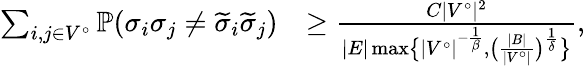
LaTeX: \begin{array}{rl}{\sum_{i,j\in V^{\circ}}\mathbb{P}(\sigma_{i}\sigma_{j}\ne\widetilde{\sigma}_{i}\widetilde{\sigma}_{j})}&{\ge\frac{C|V^{\circ}|^{2}}{|E|\operatorname*{max}\bigl\{ |V^{\circ}|^{-\frac{1}{\beta}},\bigl(\frac{|B|}{|V^{\circ}|}\bigr)^{\frac{1}{\delta}}\bigr\} },}\end{array}